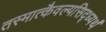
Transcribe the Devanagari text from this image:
तस्मात्कैवल्यसिद्ध्यर्थं